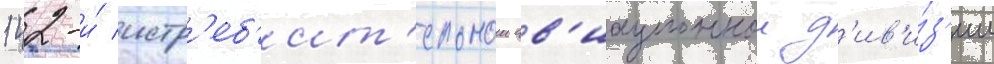
142-и́ истр'еб'ит'ельнои ав'иационнои д'ив'и́з'ии